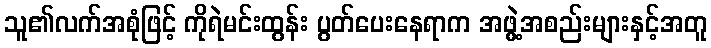
သူ၏လက်အစုံဖြင့် ကိုရဲမင်းထွန်း ပွတ်ပေးနေရာက အဖွဲ့အစည်းများနှင့်အတူ